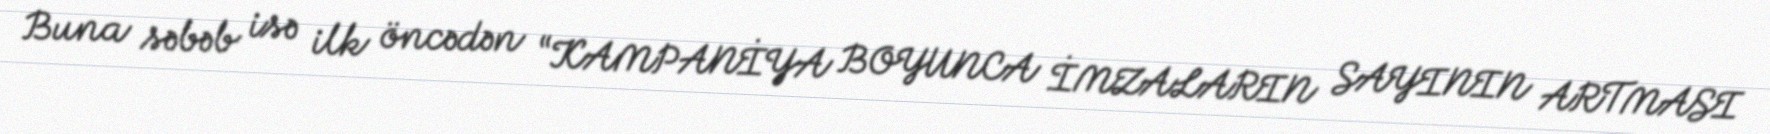
Buna səbəb isə ilk öncədən “KAMPANİYA BOYUNCA İMZALARIN SAYININ ARTMASI